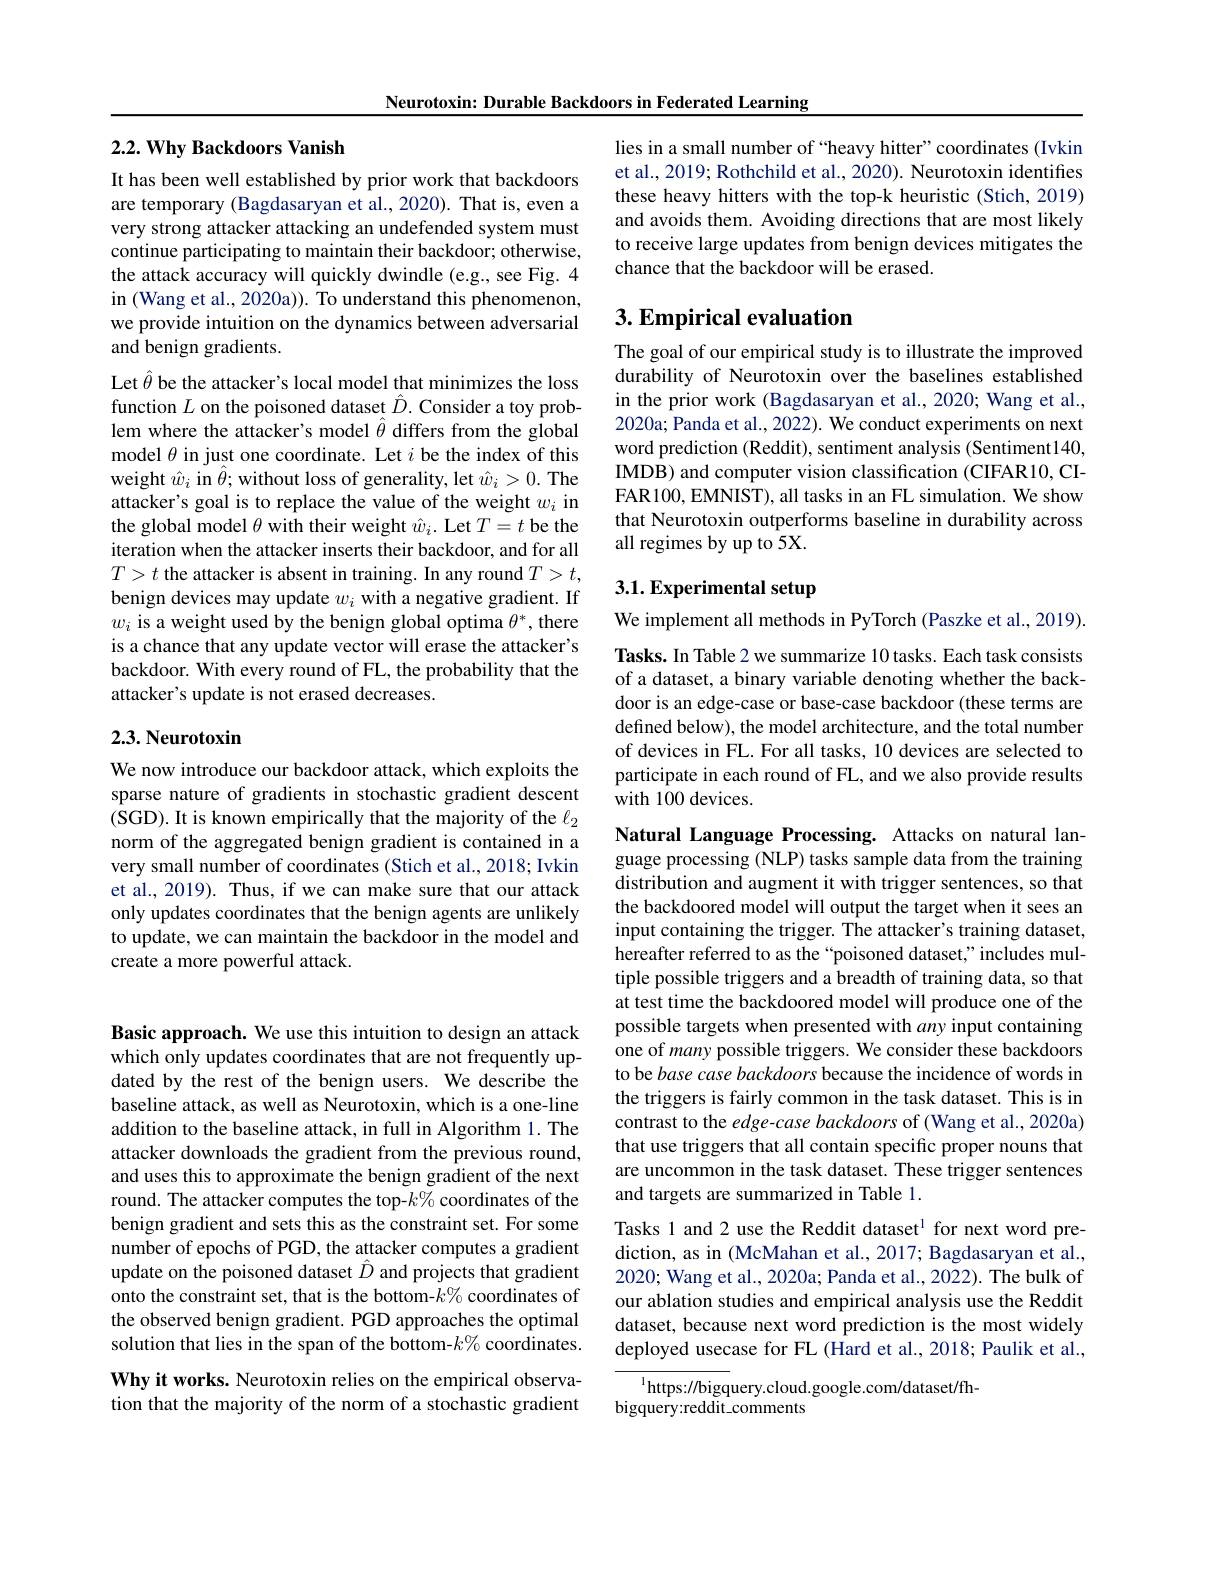
Neurotoxin: Durable Backdoors in Federated Learning

## $2. 2. \textbf{Why Backdoors Vanish}$

It has been well established by prior work that backdoors are temporary (Bagdasaryan et al., 2020). That is, even a very strong attacker attacking an undefended system must continue participating to maintain their backdoor; otherwise, the attack accuracy will quickly dwindle (e.g., see Fig. 4 in (Wang et al., 2020a)). To understand this phenomenon, we provide intuition on the dynamics between adversarial and benign gradients.

Let $\hat{\theta}$ be the attacker's local model that minimizes the loss function $L$ on the poisoned dataset $\hat{D}.$ Consider a toy problem where the attacker's model $\hat{\theta}$ differs from the global model $\theta$ in just one coordinate. Let $i$ be the index of this weight $\hat{w}_{i}$ in $\hat{\theta};$ without loss of generality, let $\hat{w}_{i}>0.$ The attacker's goal is to replace the value of the weight $w_i$ in the global model $\theta$ with their weight $\hat{w}_i.$ Let $T=t$ be the iteration when the attacker inserts their backdoor, and for all $T>t$ the attacker is absent in training. In any round $T>t$, benign devices may update $w_i$ with a negative gradient. If $w_i$ is a weight used by the benign global optima $\theta^*$,there is a chance that any update vector will erase the attacker's backdoor. With every round of FL, the probability that the attacker's update is not erased decreases.

## 2.3. Neurotoxin

We now introduce our backdoor attack, which exploits the sparse nature of gradients in stochastic gradient descent (SGD).It is known empirically that the majority of the $\ell_2$ norm of the aggregated benign gradient is contained in a very small number of coordinates (Stich et al., 2018; Ivkin et al., 2019). Thus, if we can make sure that our attack only updates coordinates that the benign agents are unlikely to update, we can maintain the backdoor in the model and create a more powerful attack.

lies in a small number of “heavy hitter”coordinates (Ivkin et al., 2019; Rothchild et al., 2020). Neurotoxin identifies these heavy hitters with the top-k heuristic (Stich, 2019) and avoids them. Avoiding directions that are most likely to receive large updates from benign devices mitigates the chance that the backdoor will be erased.

## $3. \textbf{Empirical evaluation}$

The goal of our empirical study is to illustrate the improved durability of Neurotoxin over the baselines established in the prior work (Bagdasaryan et al.,2020; Wang et al., 2020a; Panda et al., 2022). We conduct experiments on next word prediction (Reddit), sentiment analysis (Sentiment140, IMDB) and computer vision classification (CIFAR10, CIFAR100, EMNIST), all tasks in an FL simulation. We show that Neurotoxin outperforms baseline in durability across all regimes by up to 5X.

# 3.1. Experimental setup

We implement all methods in PyTorch (Paszke et al., 2019)

Tasks. In Table 2 we summarize 10 tasks. Each task consists of a dataset, a binary variable denoting whether the backdoor is an edge-case or base-case backdoor (these terms are defined below), the model architecture, and the total number of devices in FL. For all tasks, 10 devices are selected to participate in each round of FL, and we also provide results with 100 devices.

Natural Language Processing. Attacks on natural language processing (NLP) tasks sample data from the training distribution and augment it with trigger sentences, so that the backdoored model will output the target when it sees an input containing the trigger. The attacker's training dataset, hereafter referred to as the“poisoned dataset,”includes multiple possible triggers and a breadth of training data, so that at test time the backdoored model will produce one of the possible targets when presented with any input containing one of many possible triggers. We consider these backdoors to be base case backdoors because the incidence of words in the triggers is fairly common in the task dataset. This is in contrast to the edge-case backdoors of (Wang et al., 2020a) that use triggers that all contain specific proper nouns that are uncommon in the task dataset. These trigger sentences and targets are summarized in Table 1.
Tasks 1 and 2 use the Reddit dataset$^{\mathrm{l}}$ for next word prediction, as in (McMahan et al., 2017; Bagdasaryan et al., 2020; Wang et al., 2020a; Panda et al., 2022). The bulk of our ablation studies and empirical analysis use the Reddit dataset, because next word prediction is the most widely deployed usecase for FL (Hard et al., 2018; Paulik et al.,
$^{1}$https://bigquery.cloud.google.com/dataset/fh-

$bigquery:reddit\_comments$

Basic approach. We use this intuition to design an attack which only updates coordinates that are not frequently updated by the rest of the benign users. We describe the baseline attack, as well as Neurotoxin, which is a one-line addition to the baseline attack, in full in Algorithm 1. The attacker downloads the gradient from the previous round, and uses this to approximate the benign gradient of the next round. The attacker computes the top-$k\%$ coordinates of the benign gradient and sets this as the constraint set. For some number of epochs of PGD, the attacker computes a gradient update on the poisoned dataset $\hat{D}$ and projects that gradient onto the constraint set, that is the bottom-$k\%$coordinates of the observed benign gradient. PGD approaches the optimal solution that lies in the span of the bottom-$k\%$coordinates. Why it works. Neurotoxin relies on the empirical observation that the majority of the norm of a stochastic gradient